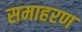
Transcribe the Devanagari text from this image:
समाहरण